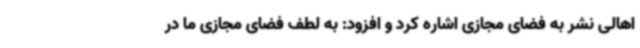
اهالی نشر به فضای مجازی اشاره کرد و افزود:‌ به لطف فضای مجازی ما در